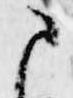
さ